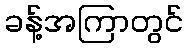
ခန့်အကြာတွင်